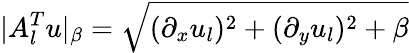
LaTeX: |A_{l}^{T}u|_{\beta}=\sqrt{(\partial_{x}u_{l})^{2}+(\partial_{y}u_{l})^{2}+\beta}